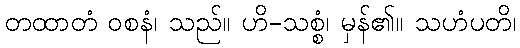
တထာတံ ဝစနံ၊ သည်။ ဟိ-သစ္စံ၊ မှန်၏။ သဟံပတိ၊